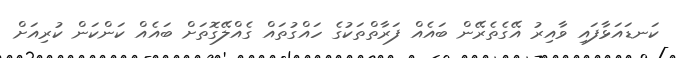
ކަނޑައަޅާފައި ވާއިރު އޭގެތެރޭން ބައެއް ފަރާތްތަކުގެ ހައްގުތައް ގެއްލޭގޮތަށް ބައެއް ކަންކަން ކުރިއަށް